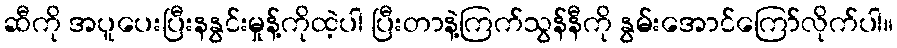
ဆီကို အပူပေးပြီးနနွင်းမှုန့်ကိုထဲ့ပါ ပြီးတာနဲ့ကြက်သွန်နီကို နွမ်းအောင်ကြော်လိုက်ပါ။